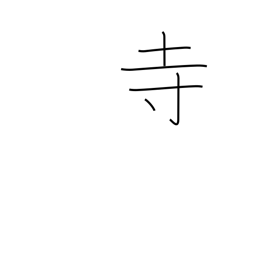
Meaning: Buddhist temple